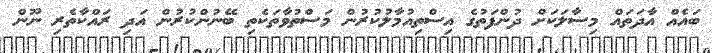
ބައެއް އާދަތައް މިސާލަކަށް ދުންފަތުގެ އިސްތިއުމާލުކުރުން މަސްތުވާތަކެތި ބޭނުންކުރުން އަދި ރައްކާތެރި ނޫން